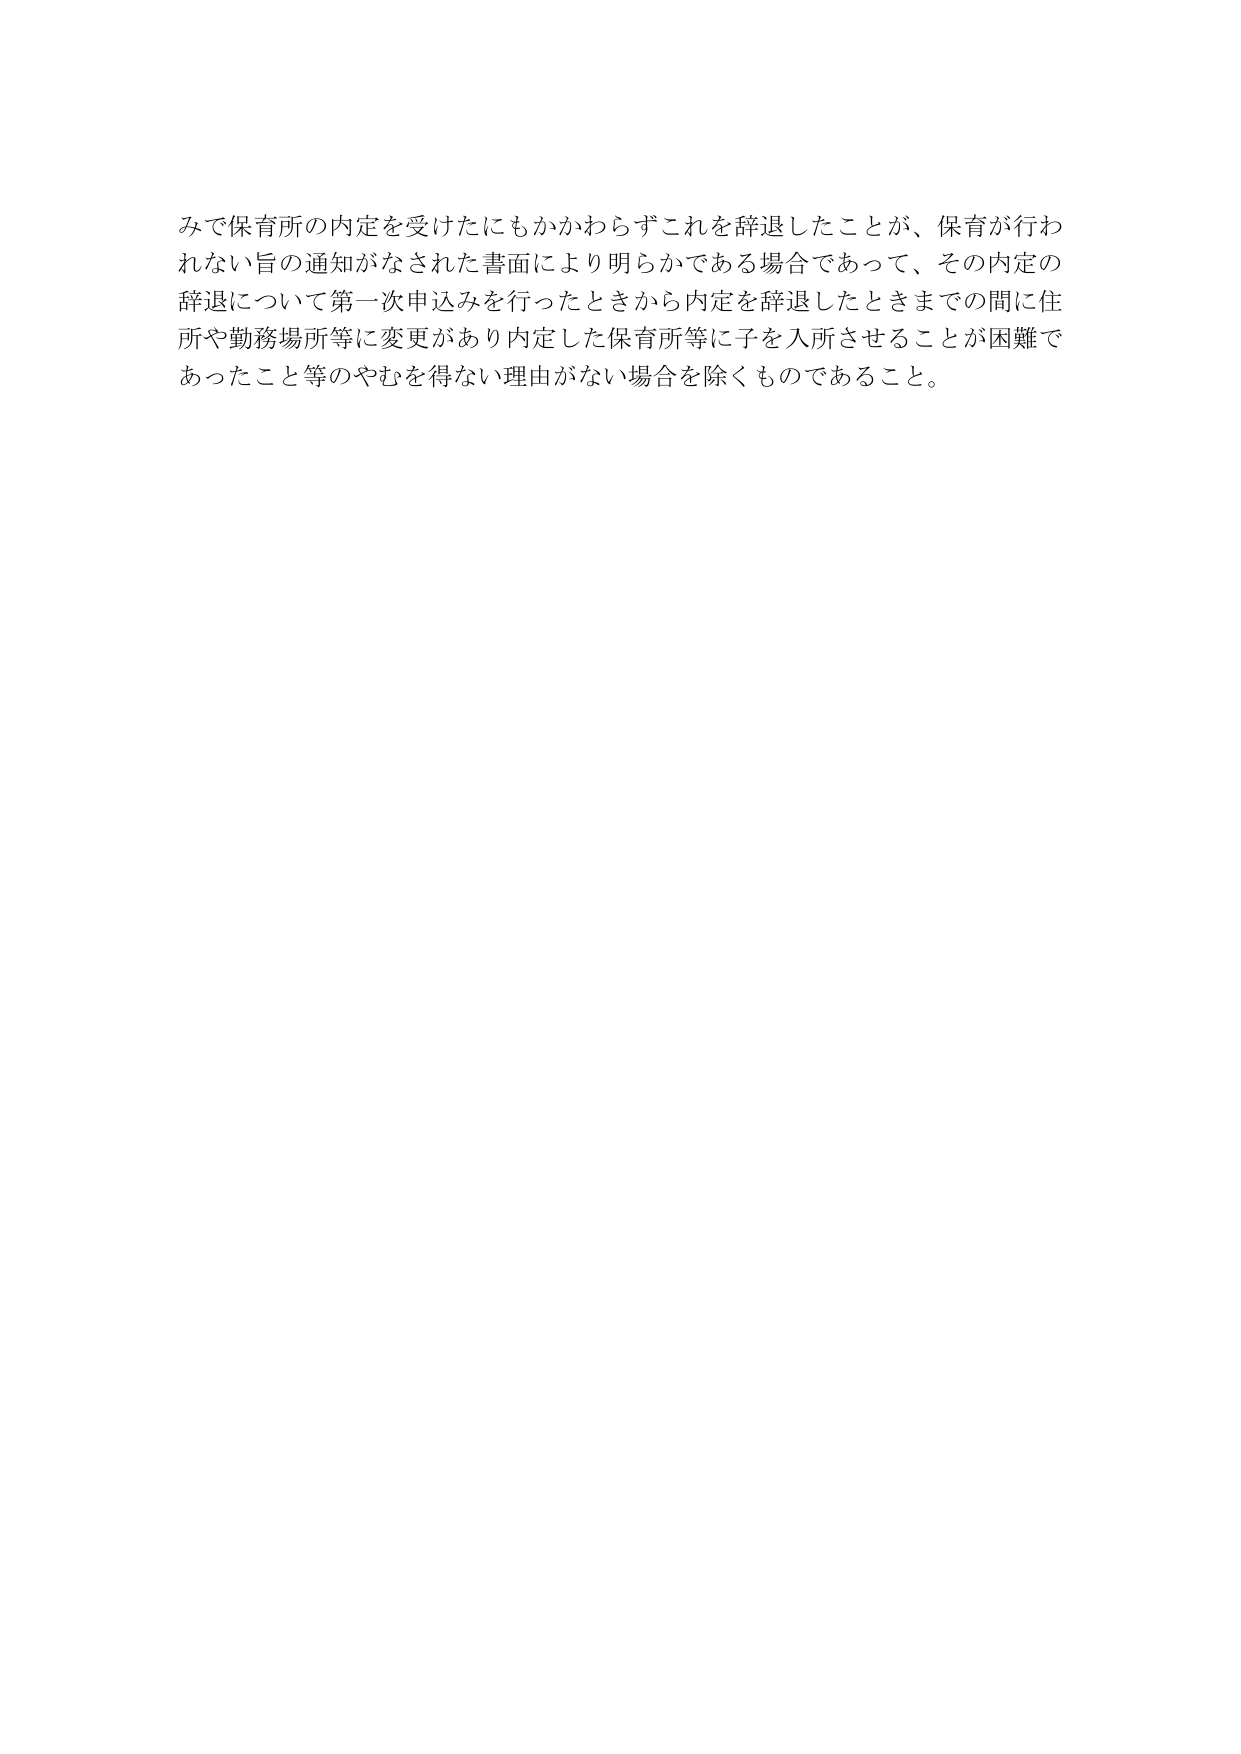
みで保育所の内定を受けたにもかかわらずこれを辞退したことが、保育が行われない旨の通知がなされた書面により明らかである場合であって、その内定の辞退について第一次申込みを行ったときから内定を辞退したときまでの間に住所や勤務場所等に変更があり内定した保育所等に子を入所させることが困難であったこと等のやむを得ない理由がない場合を除くものであること。